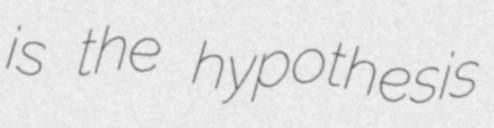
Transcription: is the hypothesis